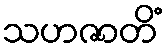
သဟဇာတိံ